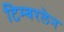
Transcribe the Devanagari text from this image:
टिम्बरलेन